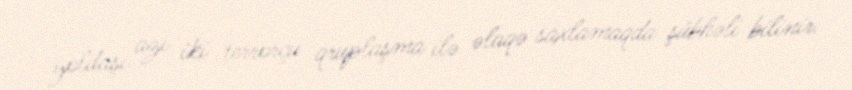
yoldaşı azı iki terrorçu qruplaşma ilə əlaqə saxlamaqda şübhəli bilinir.